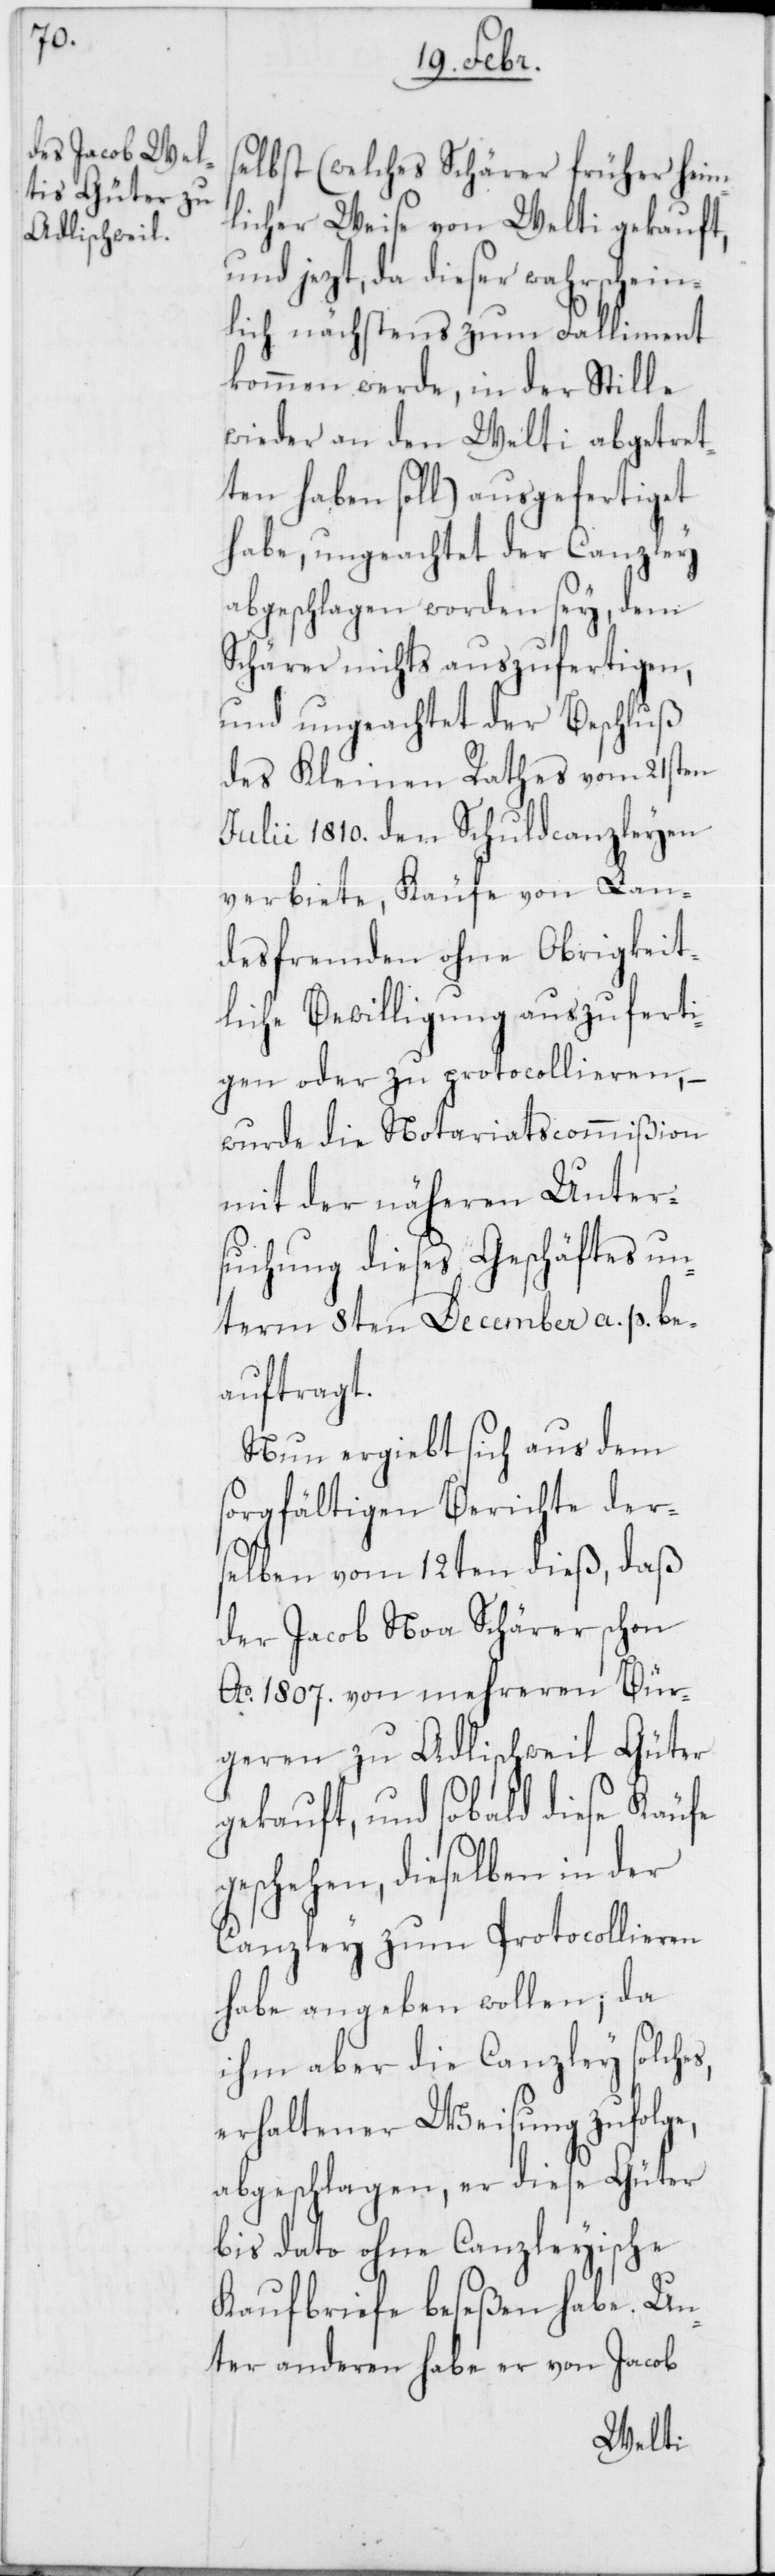
selbst (welches Schärer früher heim¬
licher Weise von Welti gekauft,
jezt, da dieser wahrschei¬
nlich nächstens zum Falliment
kommen werde, in der Stille
wieder an den Welti abgetret¬
ten haben soll) ausgefertiget
habe, ungeachtet der Canzley
abgeschlagen worden sey, dem
Schärer nichts auszufertigen,
und ungeachtet der Beschluß
des Kleinen Rathes vom 21sten
Julii 1810. den Schuldcanzleyen
verbiete, Käufe von Lan¬
desfremden ohne Obrigkeit¬
liche Bewilligung auszuferti¬
gen oder zu protocollieren, –
wurde die Notariatscommißion
mit der näheren Unter¬
suchung dieses Geschäftes un¬
term 8ten December a. p. be¬
auftragt.
Nun ergiebt sich aus dem
sorgfältigen Berichte der¬
selben vom 12ten dieß, daß
der Jacob Noa Schärer schon
Ao. 1807. von mehreren Bür¬
geren zu Adlischweil Güter
gekauft, und sobald diese Käufe
geschehen, dieselben in der
Canzley zum Protocollieren
habe angeben wollen; da
ihm aber die Canzley solches
erhaltener Weisung zufolge,
abgeschlagen, er diese Güter
bis dato ohne Canzleyische
Kaufbriefe beseßen habe. Un¬
ter anderen habe er von Jacob